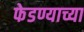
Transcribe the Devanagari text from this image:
फेडण्याच्या